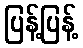
ပြန့်ပြန့်